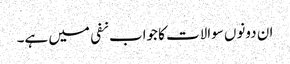
ان دونوں سوالات کا جواب نفی میں ہے۔